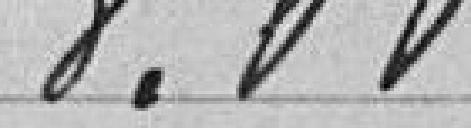
8.00